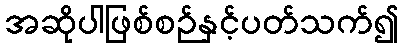
အဆိုပါဖြစ်စဉ်နှင့်ပတ်သက်၍